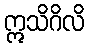
ဣသိဂိလိ